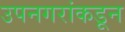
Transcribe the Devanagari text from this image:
उपनगरांकडून